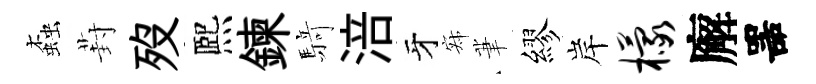
螙葑歿熈鍊𮪍涪牙寂茟繆岸檬廨噐